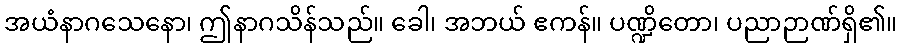
အယံနာဂသေနော၊ ဤနာဂသိန်သည်။ ခေါ၊ အဘယ် ဧကန်။ ပဏ္ဍိတော၊ ပညာဉာဏ်ရှိ၏။